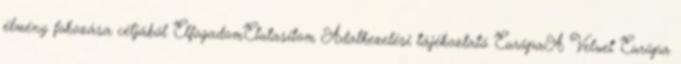
élmény fokozása céljából ElfogadomElutasítom Adatkezelési tájékoztató EurópaA Velvet Európa